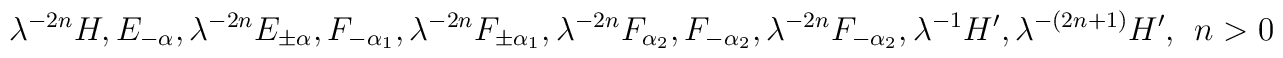
\lambda^{-2n}H,E_{-\alpha}, \lambda^{-2n}E_{\pm\alpha}, F_{-\alpha_1}, \lambda^{-2n} F_{\pm\alpha_1}, \lambda^{-2n}F_{\alpha_2},F_{-\alpha_2},\lambda^{-2n}F_{-\alpha_2}, \lambda^{-1}H', \lambda^{-(2n+1)}H',~~n>0